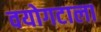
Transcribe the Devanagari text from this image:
वयोगटाला